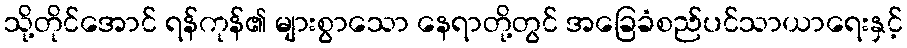
သို့တိုင်အောင် ရန်ကုန်၏ များစွာသော နေရာတို့တွင် အခြေခံစည်ပင်သာယာရေးနှင့်